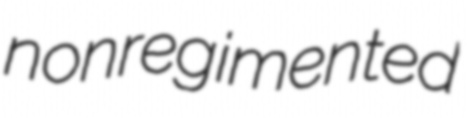
nonregimented